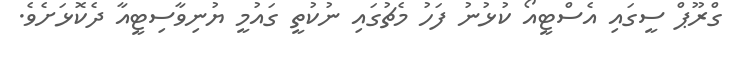
ގްރޫޕް ސީގައި އެސްޓީއޯ ކުޅުނު ފަހު މެޗުގައި ނުކުތީ ގައުމީ ޔުނިވާސިޓީއާ ދެކޮޅަށެވެ.